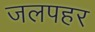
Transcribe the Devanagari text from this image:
जलपहर